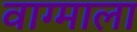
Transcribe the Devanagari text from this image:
वाग्माला